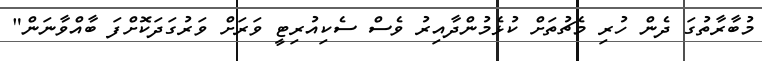
މުބާރާތުގަ ދެން ހުރި މެޗުތަށް ކުޅެމުންދާއިރު ވެސް ސެކިއުރިޓީ ވަރަށް ވަރުގަދަކޮށްފަ ބާއްވާނަން"